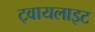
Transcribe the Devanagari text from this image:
ट्वायलाइट